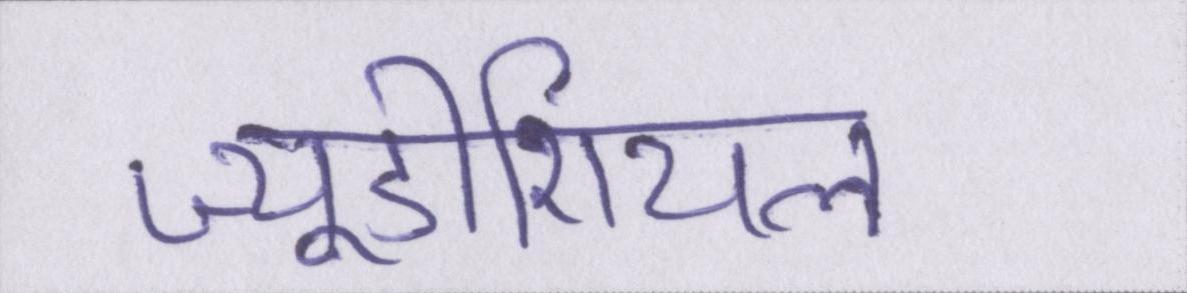
ज्यूडीशियल